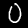
Digit: 0